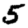
Digit: 5